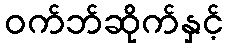
ဝက်ဘ်ဆိုက်နှင့်